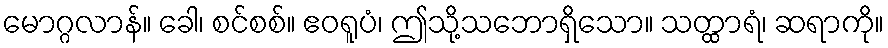
မောဂ္ဂလာန်။ ခေါ၊ စင်စစ်။ ဧဝရူပံ၊ ဤသို့သဘောရှိသော။ သတ္ထာရံ၊ ဆရာကို။